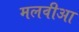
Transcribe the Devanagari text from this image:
मलवीआ